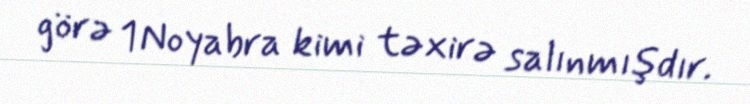
görə 1 Noyabra kimi təxirə salınmışdır.